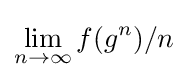
\lim _{n\to \infty }f(g^{n})/n